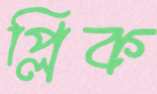
প্লিক